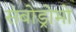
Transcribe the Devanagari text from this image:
संबोड्रोमो